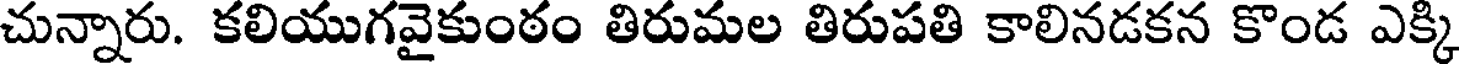
చున్నారు. కలియుగవైకుంఠం తిరుమల తిరుపతి కాలినడకన కొండ ఎక్కి